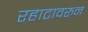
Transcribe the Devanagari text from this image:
रहाटावरुन